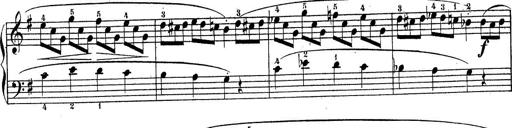
Title: Piano Sonatine No.2
Composer: Peter Piel
Key: G major